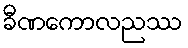
ခီဏကောလညဿ